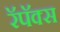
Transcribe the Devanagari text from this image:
रॅपॅक्स